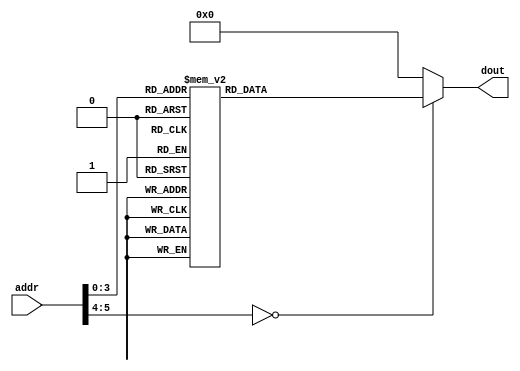
`timescale 1ns / 1ps
module InstructionROM(addr,dout);
	input [5 : 0] addr;
	output [31 : 0] dout;
	//
	reg [31 : 0] dout;
	always @(*)
		case (addr)
			6'd0:   dout=32'h0800000b ;
			6'd1:   dout=32'h20080042 ;
			6'd2:   dout=32'h20090004 ;
			6'd3:   dout=32'h01095022 ;
			6'd4:   dout=32'h01485825 ;
			6'd5:   dout=32'hac0b000c ;
			6'd6:   dout=32'h8d2c0008 ;
			6'd7:   dout=32'h000c4080 ;
			6'd8:   dout=32'h8d2b0008 ;
			6'd9:   dout=32'h012a582b ;
			6'd10:  dout=32'h0800000a ;
			6'd11:  dout=32'h14000001 ;
			6'd12:  dout=32'h1000fff4 ;
			6'd13:  dout=32'h00000000 ;
			default:dout=32'h00000000 ;
		endcase	
endmodule